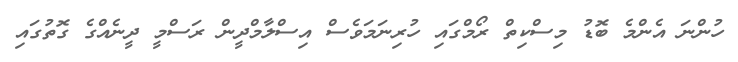
ހުންނަ އެންމެ ބޮޑު މިސްކިތް ރޯމްގައި ހުރިނަމަވެސް އިސްލާމްދީން ރަސްމީ ދީނެއްގެ ގޮތުގައި